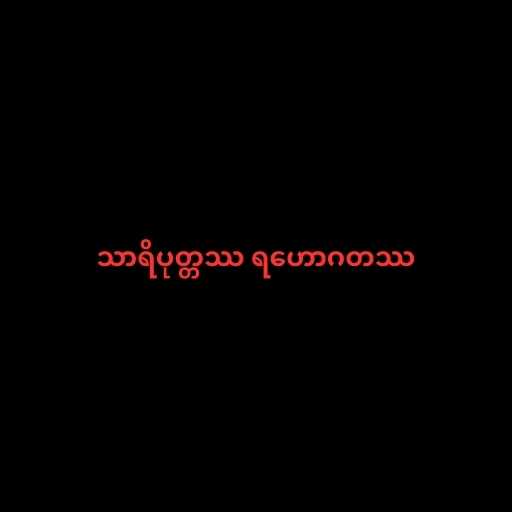
သာရိပုတ္တဿ ရဟောဂတဿ